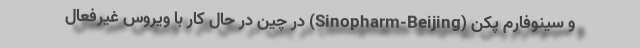
و سینوفارم پکن (Sinopharm-Beijing) در چین در حال کار با ویروس غیرفعال